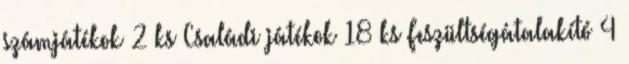
számjátékok 2 ks Családi játékok 18 ks Feszültségátalakító 4